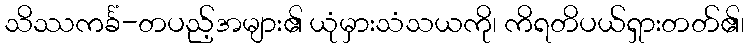
သိဿကင်္ခံ-တပည့်အများ၏ ယုံမှားသံသယကို၊ ကိရတိပယ်ရှားတတ်၏၊